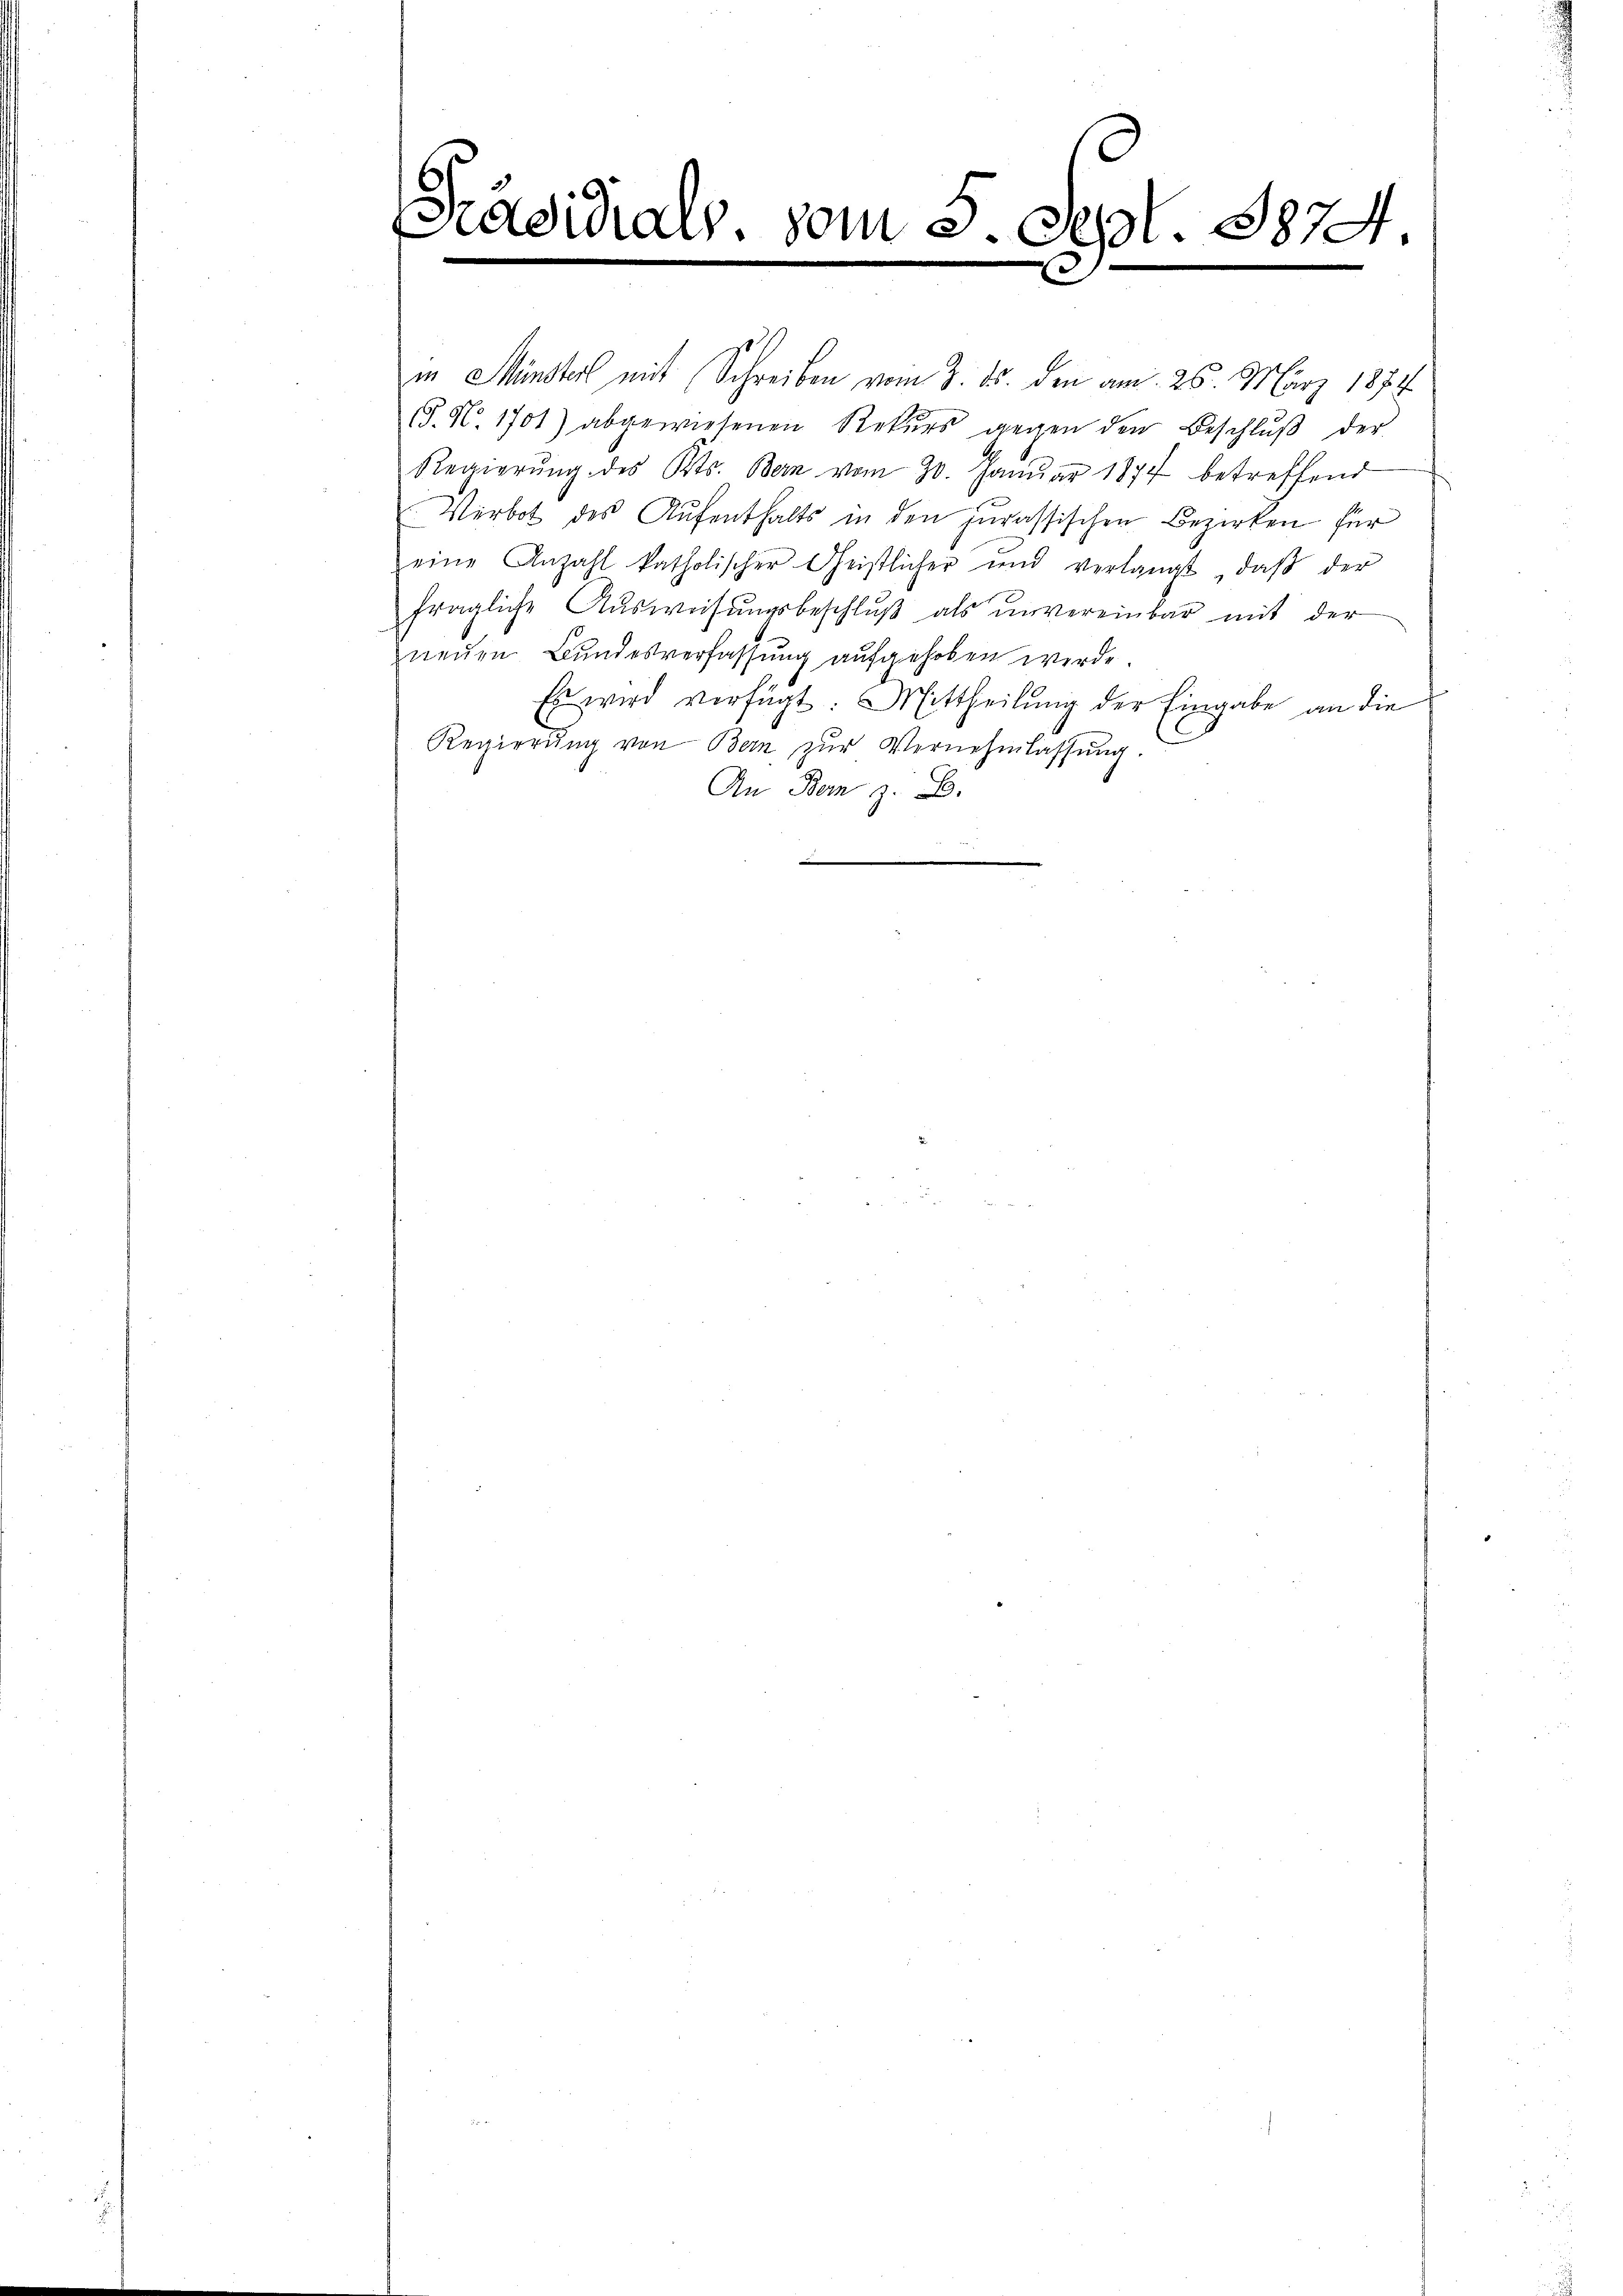
5

adidials, vom 5. Sept. 1874
.
e

in Münster mit Schreiben vom 3. 15. den am 26. März 1874
. N. 1701) abgewiesenen Rekurs gegen den Beschlŭβ der
Regierŭng des Kts. Bern vom 30. Janŭar 1877 betreffend
Verbot des Aŭfenthalts in den jurassischen Bezirken für
eine Anzahl katholischer Geistlicher und verlangt, daβ der
fragliche Ausweisungsbeschluß als unvereinbar mit der
neŭen Bundesverfassŭng aŭfgehoben werde.
Es wird verfügt: Mittheilung der Eingabe an die
Regierŭng von Bern zŭr Vernehmlassŭng.
An Bern z. B.